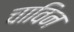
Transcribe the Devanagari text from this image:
चाविन